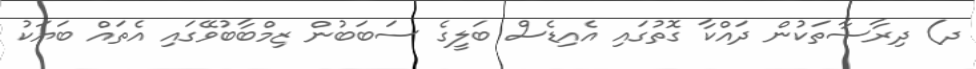
ދ) ދިރާސާތަކުން ދައްކާ ގޮތުގައި އެއިޑެސް ބަލީގެ ސަބަބުން ޒިމްބާބުވޭގައި އެތައް ބަޔަކު